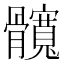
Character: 髖